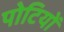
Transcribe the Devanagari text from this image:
पोटियों